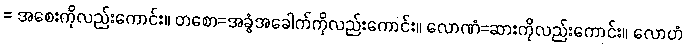
= အစေးကိုလည်းကောင်း။ တစော=အခွံအခေါက်ကိုလည်းကောင်း။ လောဏံ=ဆားကိုလည်းကောင်း။ လောဟံ